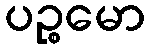
ပဉ္စမော